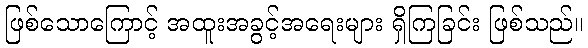
ဖြစ်သောကြောင့် အထူးအခွင့်အရေးများ ရှိကြခြင်း ဖြစ်သည်။